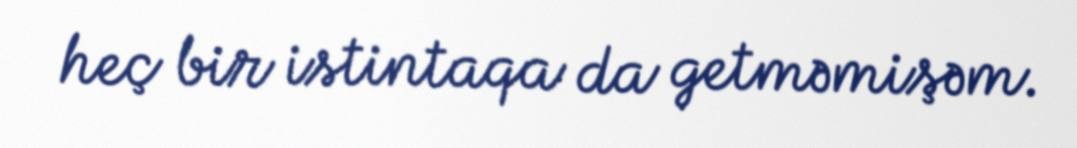
heç bir istintaqa da getməmişəm.